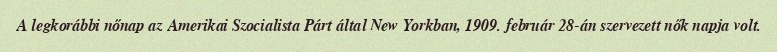
A legkorábbi nőnap az Amerikai Szocialista Párt által New Yorkban, 1909. február 28-án szervezett nők napja volt.